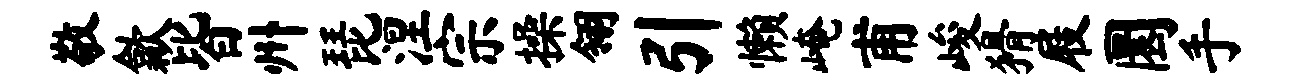
敬歙皆州琵涅宗操翎引懒崦甫峻猾屐圜手